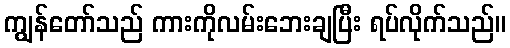
ကျွန်တော်သည် ကားကိုလမ်းဘေးချပြီး ရပ်လိုက်သည်။